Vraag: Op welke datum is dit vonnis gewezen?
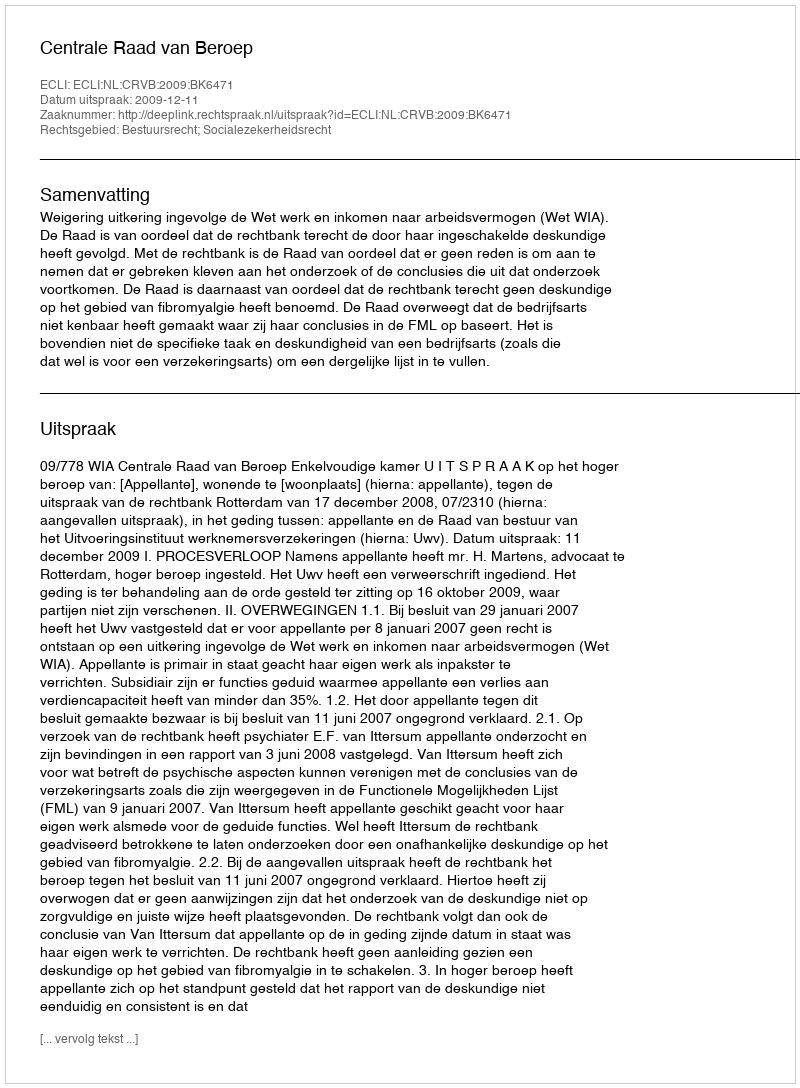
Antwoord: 2009-12-11